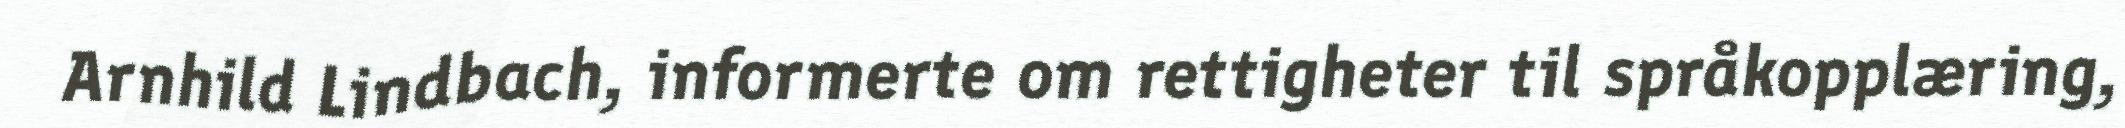
Arnhild Lindbach, informerte om rettigheter til språkopplæring,